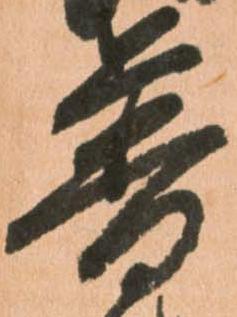
普